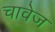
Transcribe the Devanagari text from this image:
चावेज